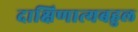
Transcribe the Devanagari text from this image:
दाक्षिणात्यबहुल